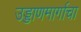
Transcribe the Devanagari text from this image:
उड्डाणमार्गाचा